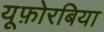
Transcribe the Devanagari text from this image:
यूफ़ोरबिया